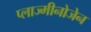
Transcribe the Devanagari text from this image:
प्लाज्मीनोजेन